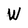
Character: W